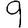
Digit: 9